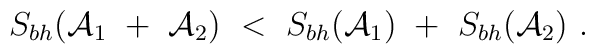
S_{bh}({\cal A}_1~+~{\cal A}_2)~<~S_{bh}({\cal A}_1)~+~S_{bh}({\cal A}_2)~.